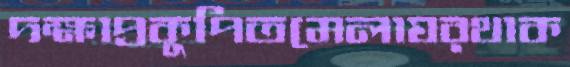
দক্ষাপ্রকুপিতমেলাঘরথাক